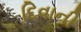
દિવાની